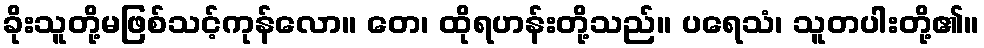
ခိုးသူတို့မဖြစ်သင့်ကုန်လော။ တေ၊ ထိုရဟန်းတို့သည်။ ပရေသံ၊ သူတပါးတို့၏။